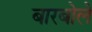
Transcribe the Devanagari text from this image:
बारबोले